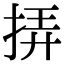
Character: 挵